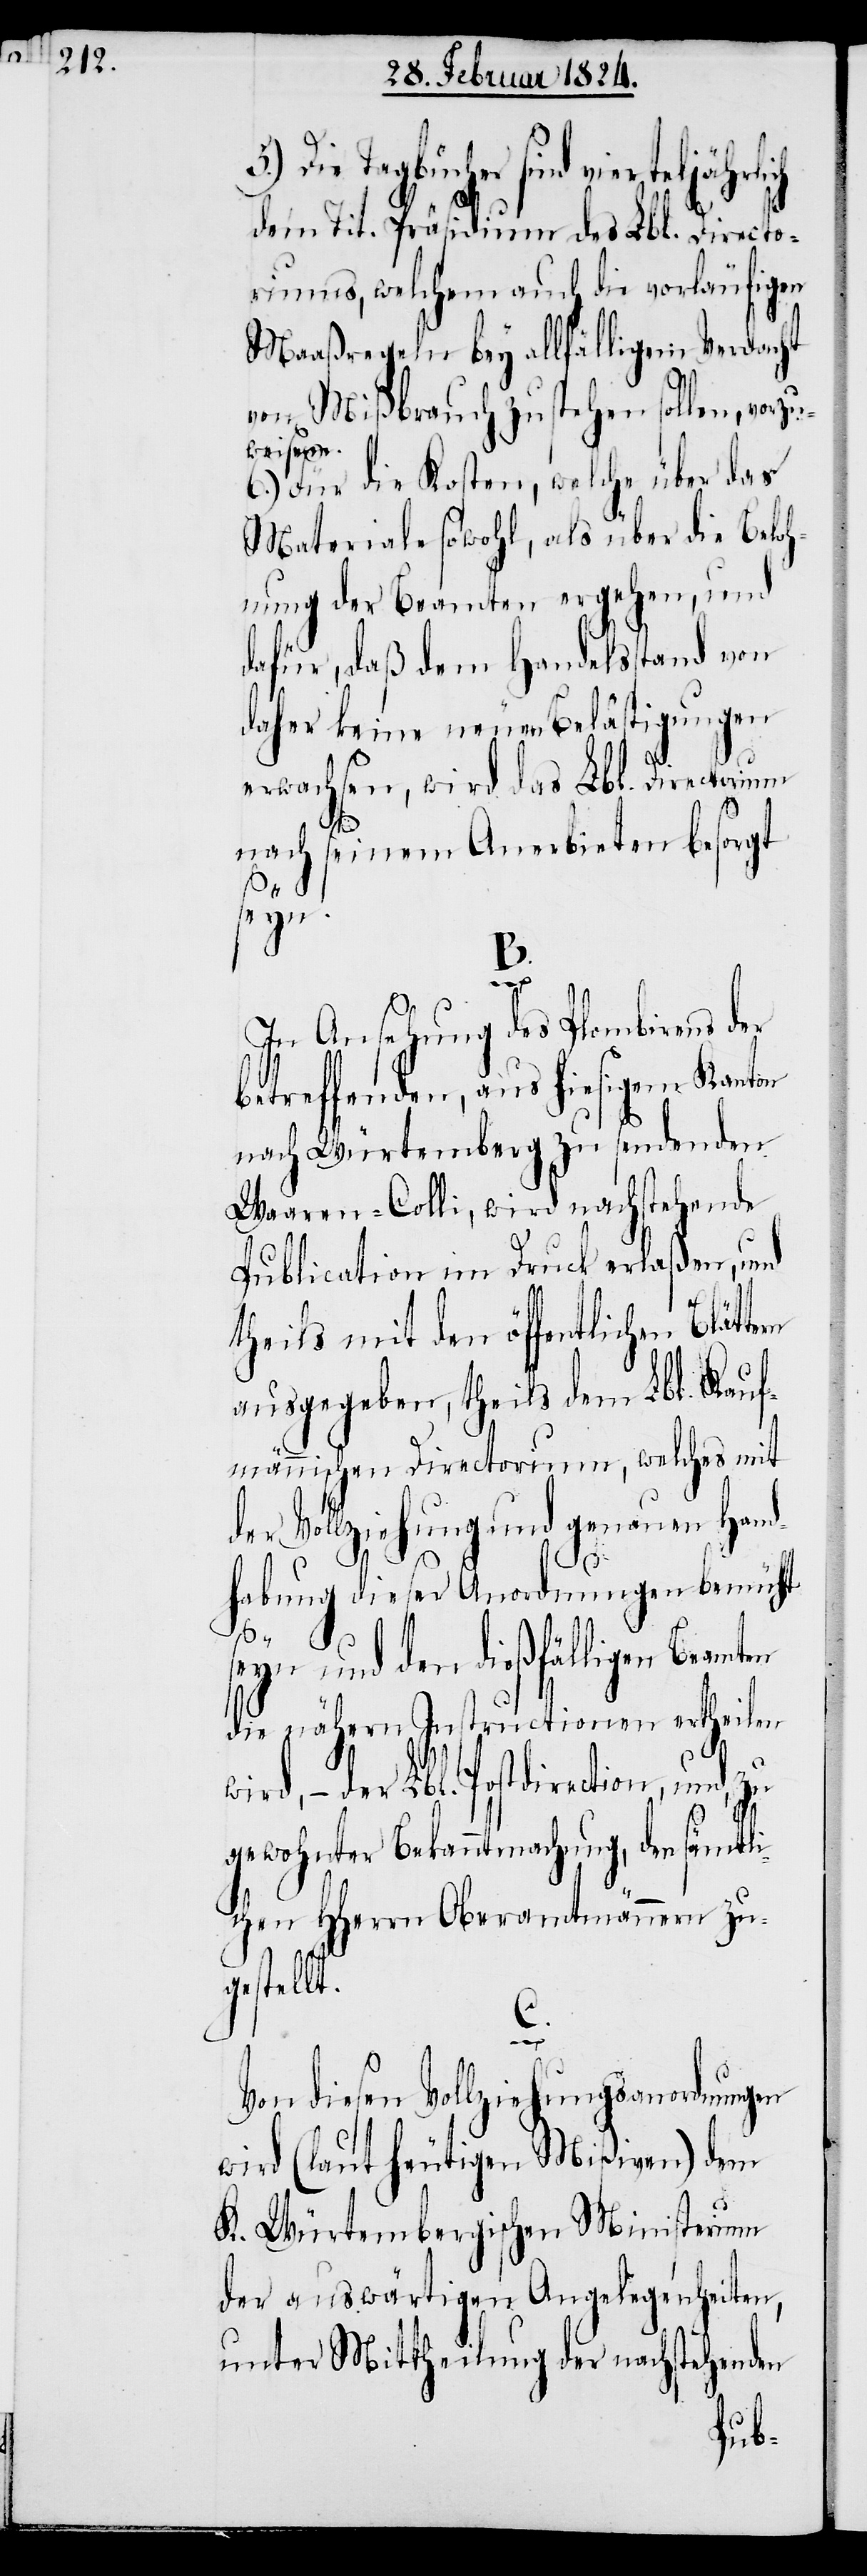
vierteljährlich
dem Tit. Präsidium des Lbl. Directo¬
riums, welchem auch die vorläufigen
Maaßregeln bey allfälligem Verdacht
von Mißbrauch zustehen sollen,
weisen.
6.) Für die Kosten, welche über das
Materiale sowohl, als über die Beloh¬
nung der Beamten ergehen, und
dafür, daß dem Handelsstand von
daher keine neuen Belästigungen
erwachsen, wird das Lbl. Directorium
nach seinem Anerbieten besorgt
tern
5.)
B.
In Ansehung des Plombirens der
betreffenden, aus hiesigem Kanton
nach Würtemberg zu sendenden
Waaren-Colli, wird nachstehende
Publication im Druck erlaßen, und
theils mit den öffentlichen Blät¬
ausgegeben, theils dem Lbl. Kauf¬
männischen Directorium, welches mit
der Vollziehung und genauen Hand¬
habung dieser Anordnungen bemüht
seyn und den dießfälligen Beamten
die nähern Instructionen ertheilen
der Lbl. Postdirection, und,
gewohnter Bekanntmachung, den sämtli¬
chen HHerrn Oberamtmännern zu¬
gestellt.
C.
Von diesen Vollziehungsanordnungen
wird (laut heutigen Mißiven) dem
K. Würtembergischen Ministerium
der auswärtigen Angelegenheiten,
unter Mittheilung der nachstehenden